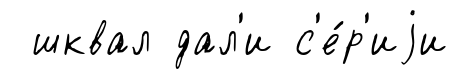
шквал дал'и с'е́р'иjи